Annual report of the Bengal Veterinary College and of the Civil Veterinary Department, Bengal, for the year 1910-1911 - 1910-1911
Year: 1910
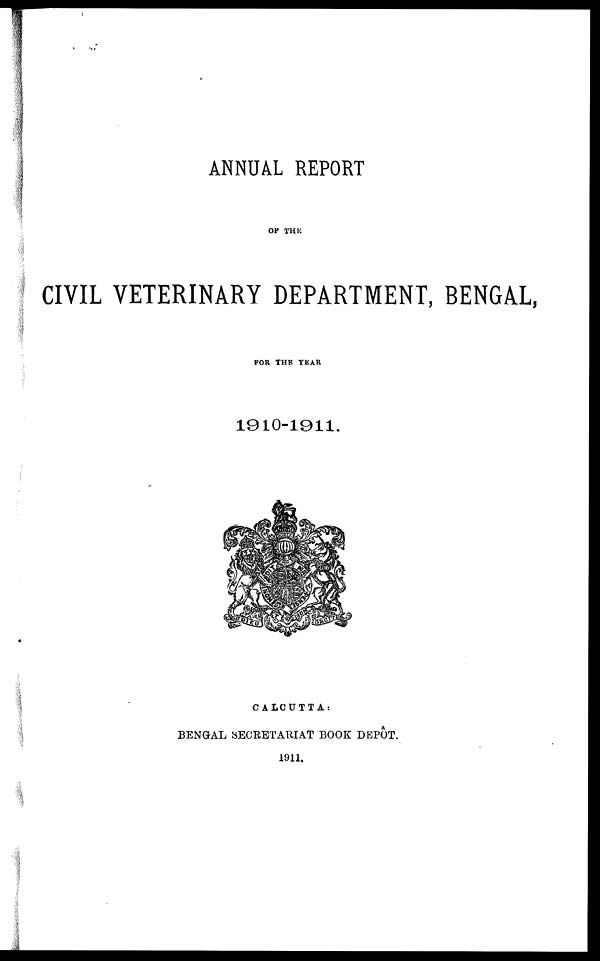
ANNUAL REPORT
OF THE
CIVIL VETERINARY DEPARTMENT, BENGAL,
FOR THE YEAR
1910-1911.
CALCUTTA:
BENGAL SECRETARIAT BOOK DEPOT.
1911.